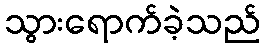
သွားရောက်ခဲ့သည်